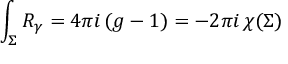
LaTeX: \int _ { \Sigma } R _ { \gamma } = 4 \pi i \, ( g - 1 ) = - 2 \pi i \, \chi ( \Sigma )